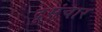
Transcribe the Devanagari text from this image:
दूसंचार